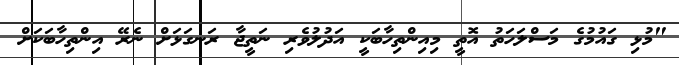
"މުޅި ގައުމުގެ މަސްލަހަތު އޮތީ މިއިންތިހާބަކީ އަދުލުވެރި ނަތީޖާ ރަނގަޅަށް ނެރޭ އިންތިހާބަކަށް